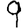
Digit: 9